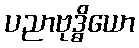
ပညာဗုဒ္ဓိယော